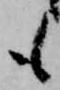
も